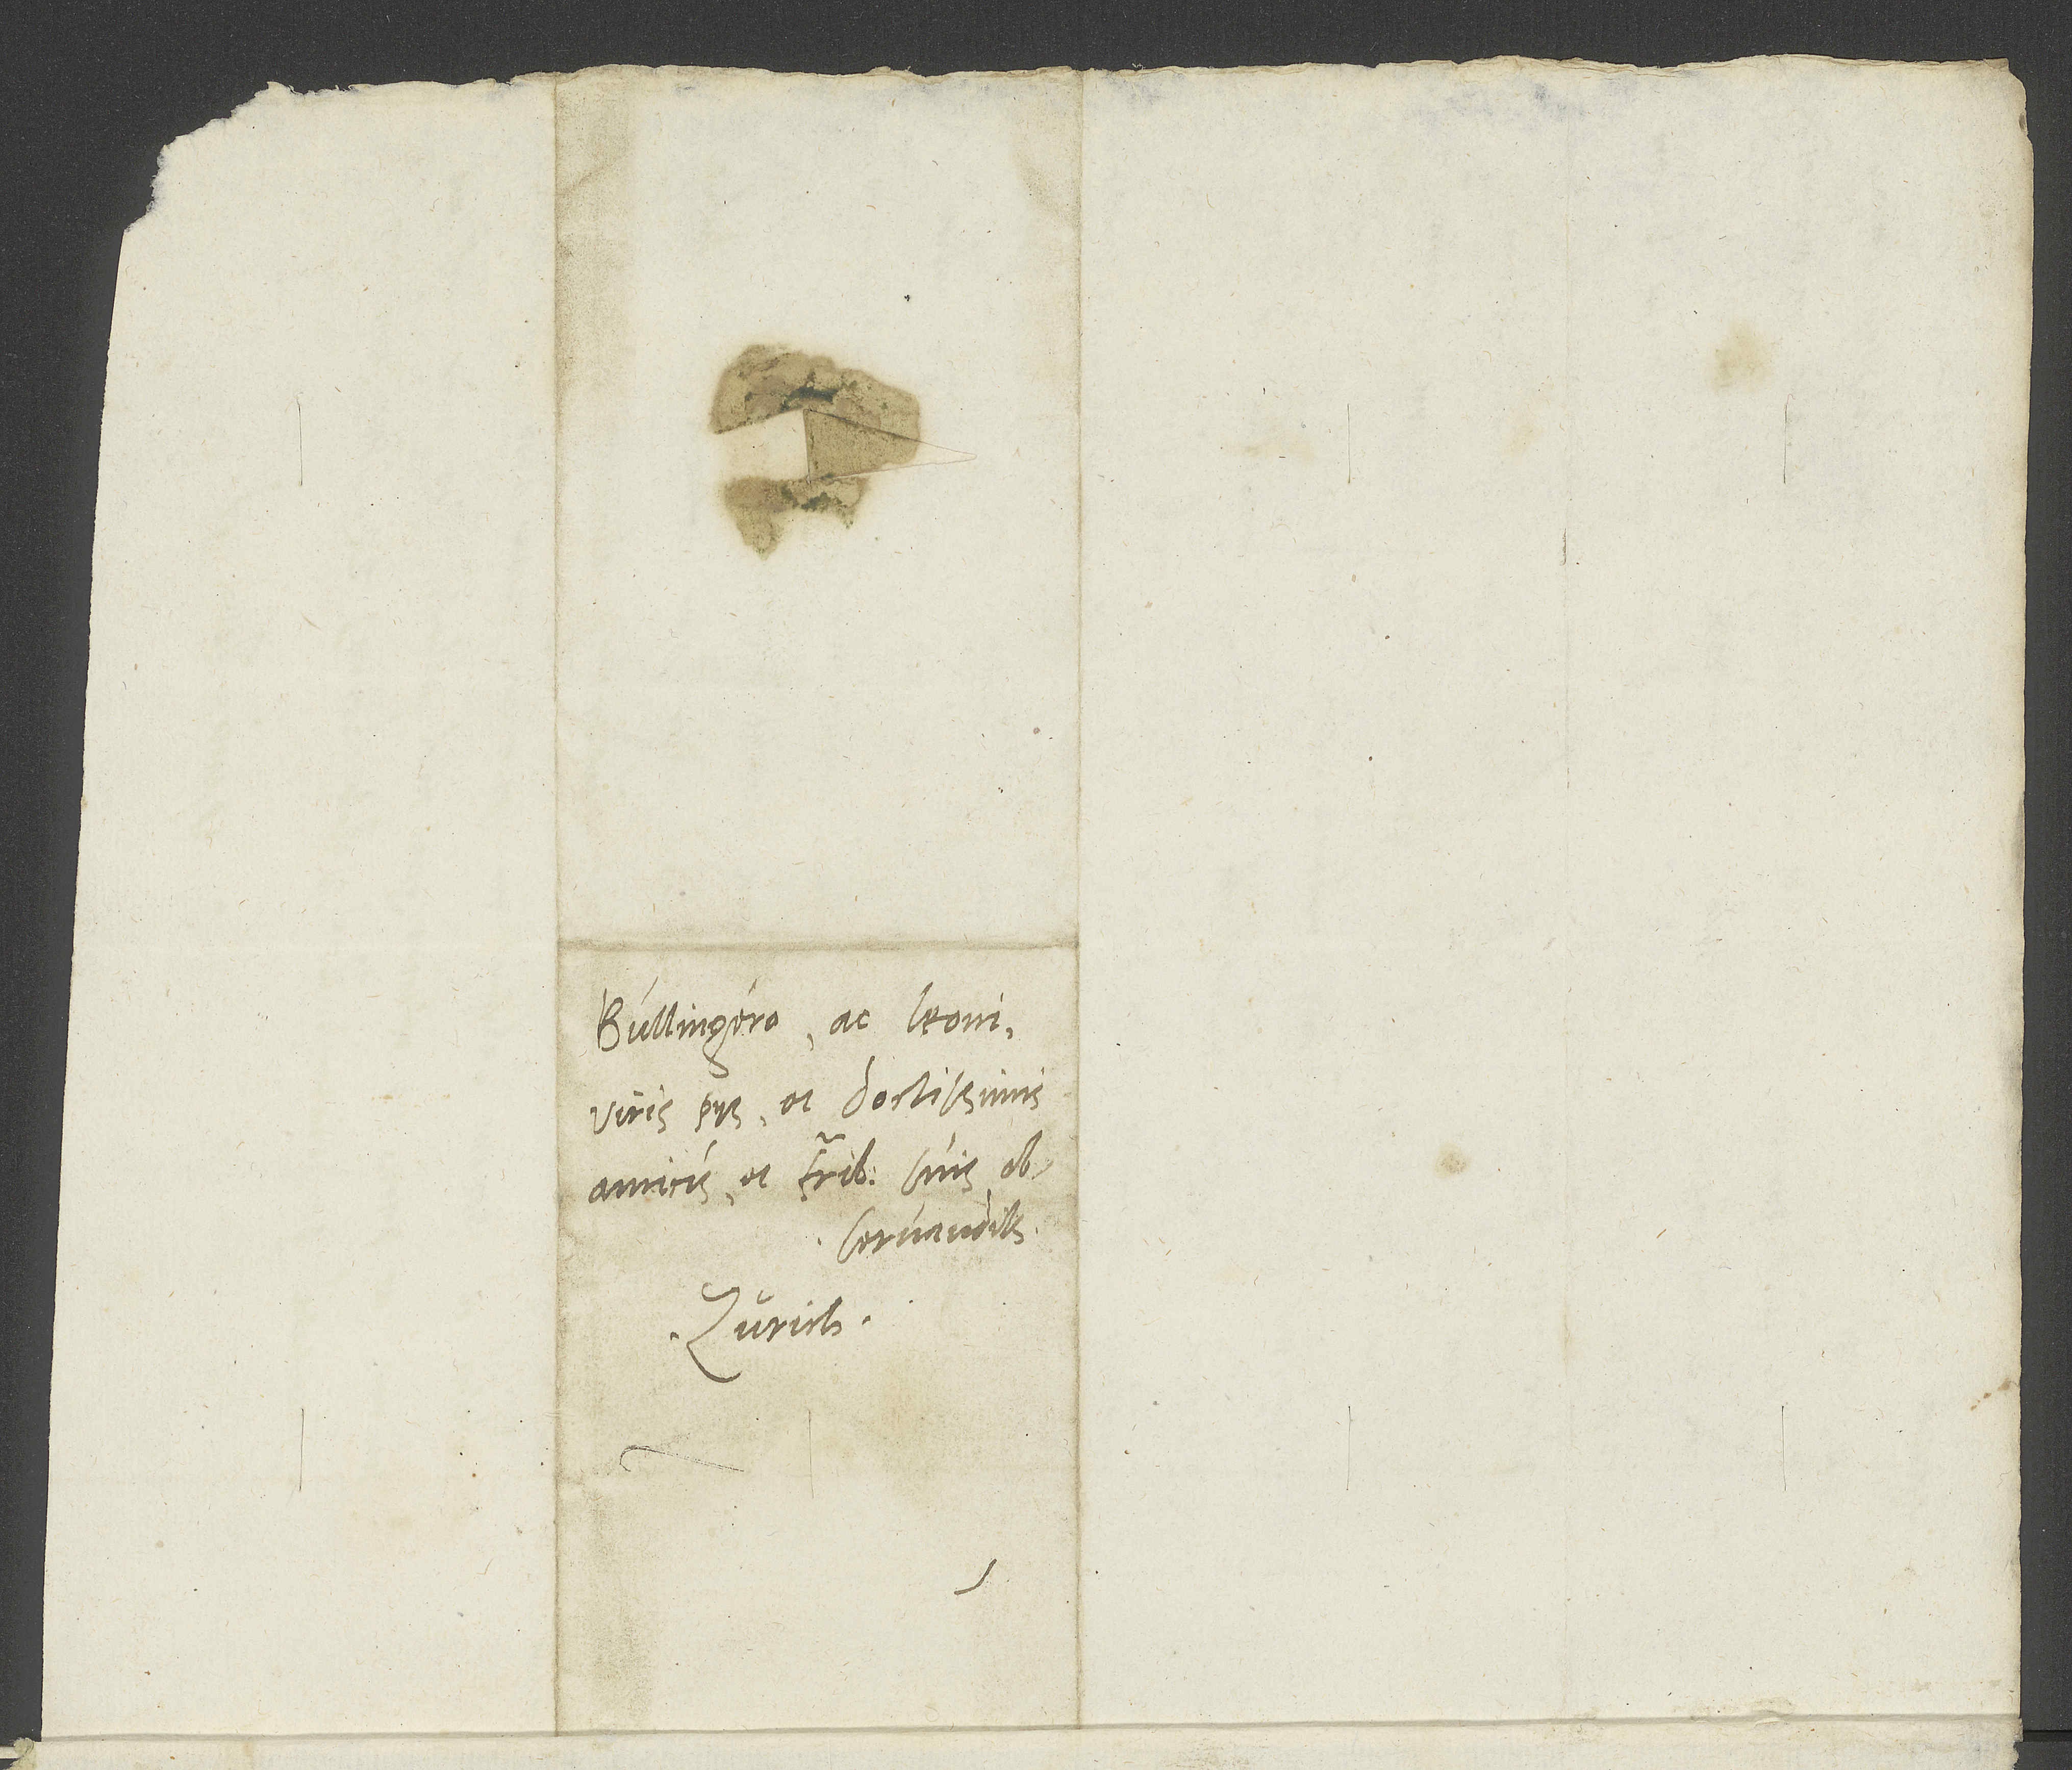
Bullingero ac Leoni,
viris piis et doctissimis,
amicis et fratribus suis
observandissimis.
Zurich.